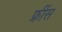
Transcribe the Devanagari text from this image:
फ्रींस